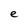
Character: e